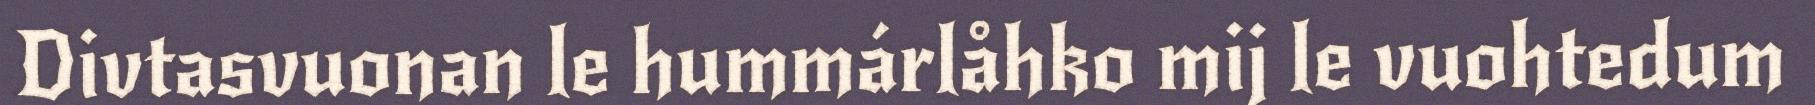
Divtasvuonan le hummárlåhko mij le vuohtedum